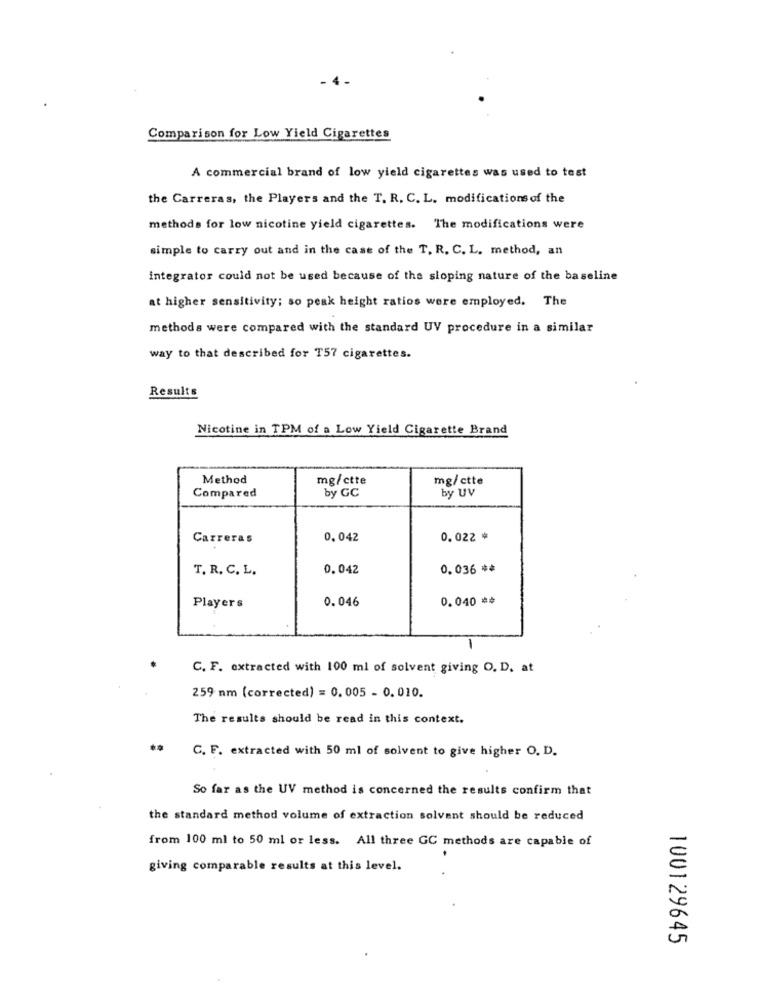
Comparison for Low Yield Cigarettes
A commercial brand of low yield cigarettes was used to test
the Carreras, the Players and the T. R. C. L. modifications of the
methods for low nicotine yield cigarettes. The modifications were
simple to carry out and in the case of the T. R. C. L. method, an
integrator could not be used because of the sloping nature of the baseline
at higher sensitivity; so peak height ratios were employed. The
methods were compared with the standard UV procedure in a similar
way to that described for T57 cigarettes.
Results
Nicotine in TPM of a Low Yield Cigarette Brand
Method
mg/ctte
mg/ctte
by GC
by UV
Compared
Carreras
0,042
0.022 *
T. R. C. L.
0.042
0.036 **
0.046
0.040 **
Players
C. F. extracted with 100 ml of solvent giving O. D. at
259 nm (corrected) = 0. 005 - 0. 010.
The results should be read in this context.
C. F. extracted with 50 ml of solvent to give higher O. D.
So far as the UV method is concerned the results confirm that
the standard method volume of extraction solvant should be reduced
from 100 ml to 50 ml or less. All three GC methods are capable of
giving comparable results at this level.
100129645